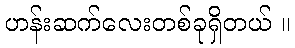
ဟန်းဆက်လေးတစ်ခုရှိတယ် ။